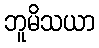
ဘူမိသယာ